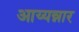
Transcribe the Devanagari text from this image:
आय्यन्नार